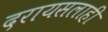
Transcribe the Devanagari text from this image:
दरायसलाही